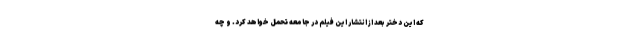
که این دختر بعد از انتشار این فیلم در جامعه تحمل خواهد کرد. و چه